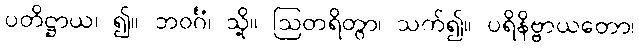
ပတိဋ္ဌာယ၊ ၍။ ဘဝင်္ဂံ၊ သို့။ ဩတရိတွာ၊ သက်၍။ ပရိနိဗ္ဗာယတော၊